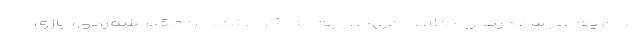
برداریم. در سنگرهای نظامی می‌گوییم که اگر دشمن را حقیر شمردی، بازی